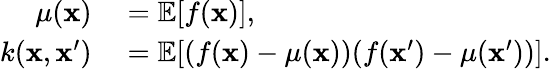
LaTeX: \begin{array}{rl}{\mu(\mathbf{x})}&{{}=\mathbb{E}[f(\mathbf{x})],}\\ {k(\mathbf{x},\mathbf{x}^{\prime})}&{{}=\mathbb{E}[(f(\mathbf{x})-\mu(\mathbf{x}))(f(\mathbf{x}^{\prime})-\mu(\mathbf{x}^{\prime}))].}\end{array}